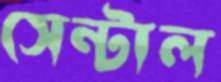
সেন্টাল